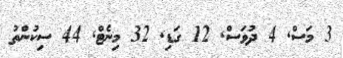
3 މަސް